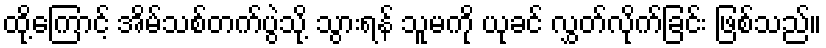
ထို့ကြောင့် အိမ်သစ်တက်ပွဲသို့ သွားရန် သူမကို ယုခင် လွှတ်လိုက်ခြင်း ဖြစ်သည်။